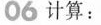
06计算: